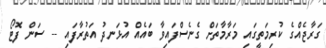
ގަރާޖެއްގެ ކުރިމަތީގައި މަރާމާތަށް ގެނެސްފައިވާ ބައެއް އުޅަނދު އަތުރާފައި -- ސަން ފޮޓޯ